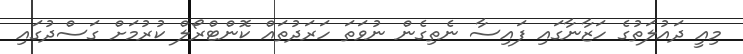
މިއީ ދައުލަތުގެ ހަޒާނާގައި ފައިސާ ނެތިގެން ނުވަތަ ހަރަދުތައް ކޮންޓްރޯލް ކުރުމަށް ގަސްދުގައި